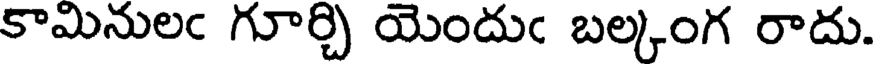
కామినులఁ గూర్చి యెందుఁ బల్కంగ రాదు.